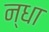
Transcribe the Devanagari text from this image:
न्धा